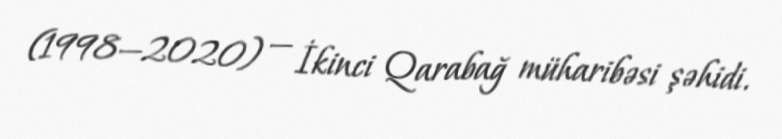
(1998—2020) — İkinci Qarabağ müharibəsi şəhidi.